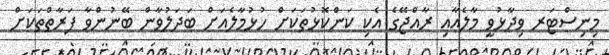
މިނިސްޓަރ ވިދާޅުވީ މާލެއާއި ރާއްޖޭގެ އެކި ކަންކޮޅުތަކަށް ހުޅުމާލެއަށް ބަދަލުވާން ބޭނުންވާ ފަރާތްތަކަށް